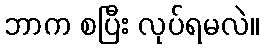
ဘာက စပြီး လုပ်ရမလဲ။